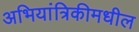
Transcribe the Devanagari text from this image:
अभियांत्रिकीमधील